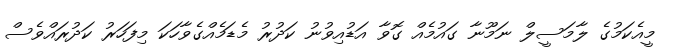
މީއެކަމުގެ ލާމަސީލް ނަމޫނާ ގައުމެއް ގޮވާ އަޑުއިވުނު ކަދުރު މެޑަމެއްގެވާހަކަ މިފަހަރު ކަދުރައްވެސް